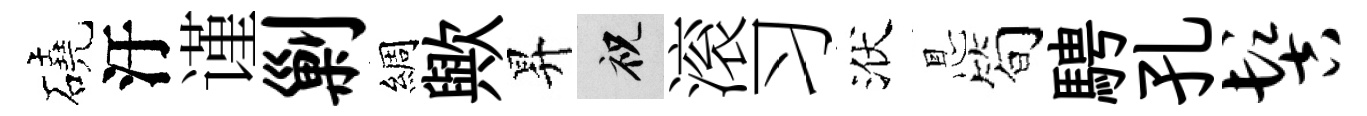
磽汙谨剿綢歟昇祝滚习洑㤙简騁孔髻